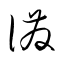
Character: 溌